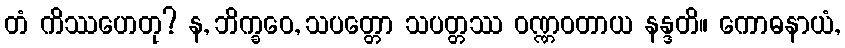
တံ ကိဿဟေတု? န, ဘိက္ခဝေ, သပတ္တော သပတ္တဿ ဝဏ္ဏဝတာယ နန္ဒတိ။ ကောဓနာယံ,